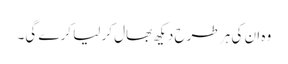
وہ ان کی ہر طرح دیکھ بھال کر لیا کرے گی۔